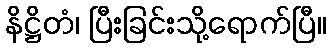
နိဋ္ဌိတံ၊ ပြီးခြင်းသို့ရောက်ပြီ။